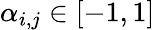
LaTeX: \alpha_{i,j}\in[-1,1]